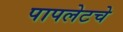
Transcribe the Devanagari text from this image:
पापलेटचे